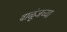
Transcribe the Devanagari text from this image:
वाळूंजच्या